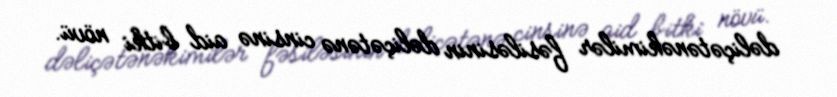
dəliçətənəkimilər fəsiləsinin dəliçətənə cinsinə aid bitki növü.